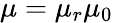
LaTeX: \mu=\mu_{r}\mu_{0}